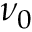
\nu _ { 0 }